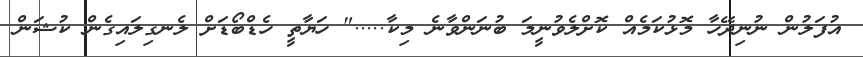
އުފަލުން ނުނިދޭހާ މޮޅުކަމެއް ކޮށްލެވުނީމަ ބުނަންވާނެ މިކާ....." ހަޔާތީ ހެޑްބޯޑަށް ލެނގިލައިގެން ކުޝަން